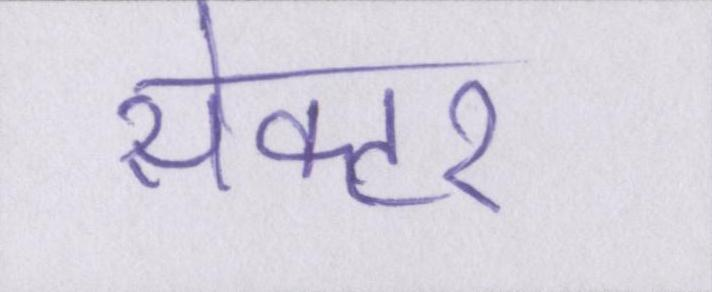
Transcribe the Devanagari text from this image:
सेक्टर